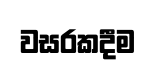
වසරකදීම